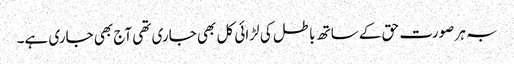
بہ ہر صورت حق کے ساتھ باطل کی لڑائی کل بھی جاری تھی آج بھی جاری ہے۔